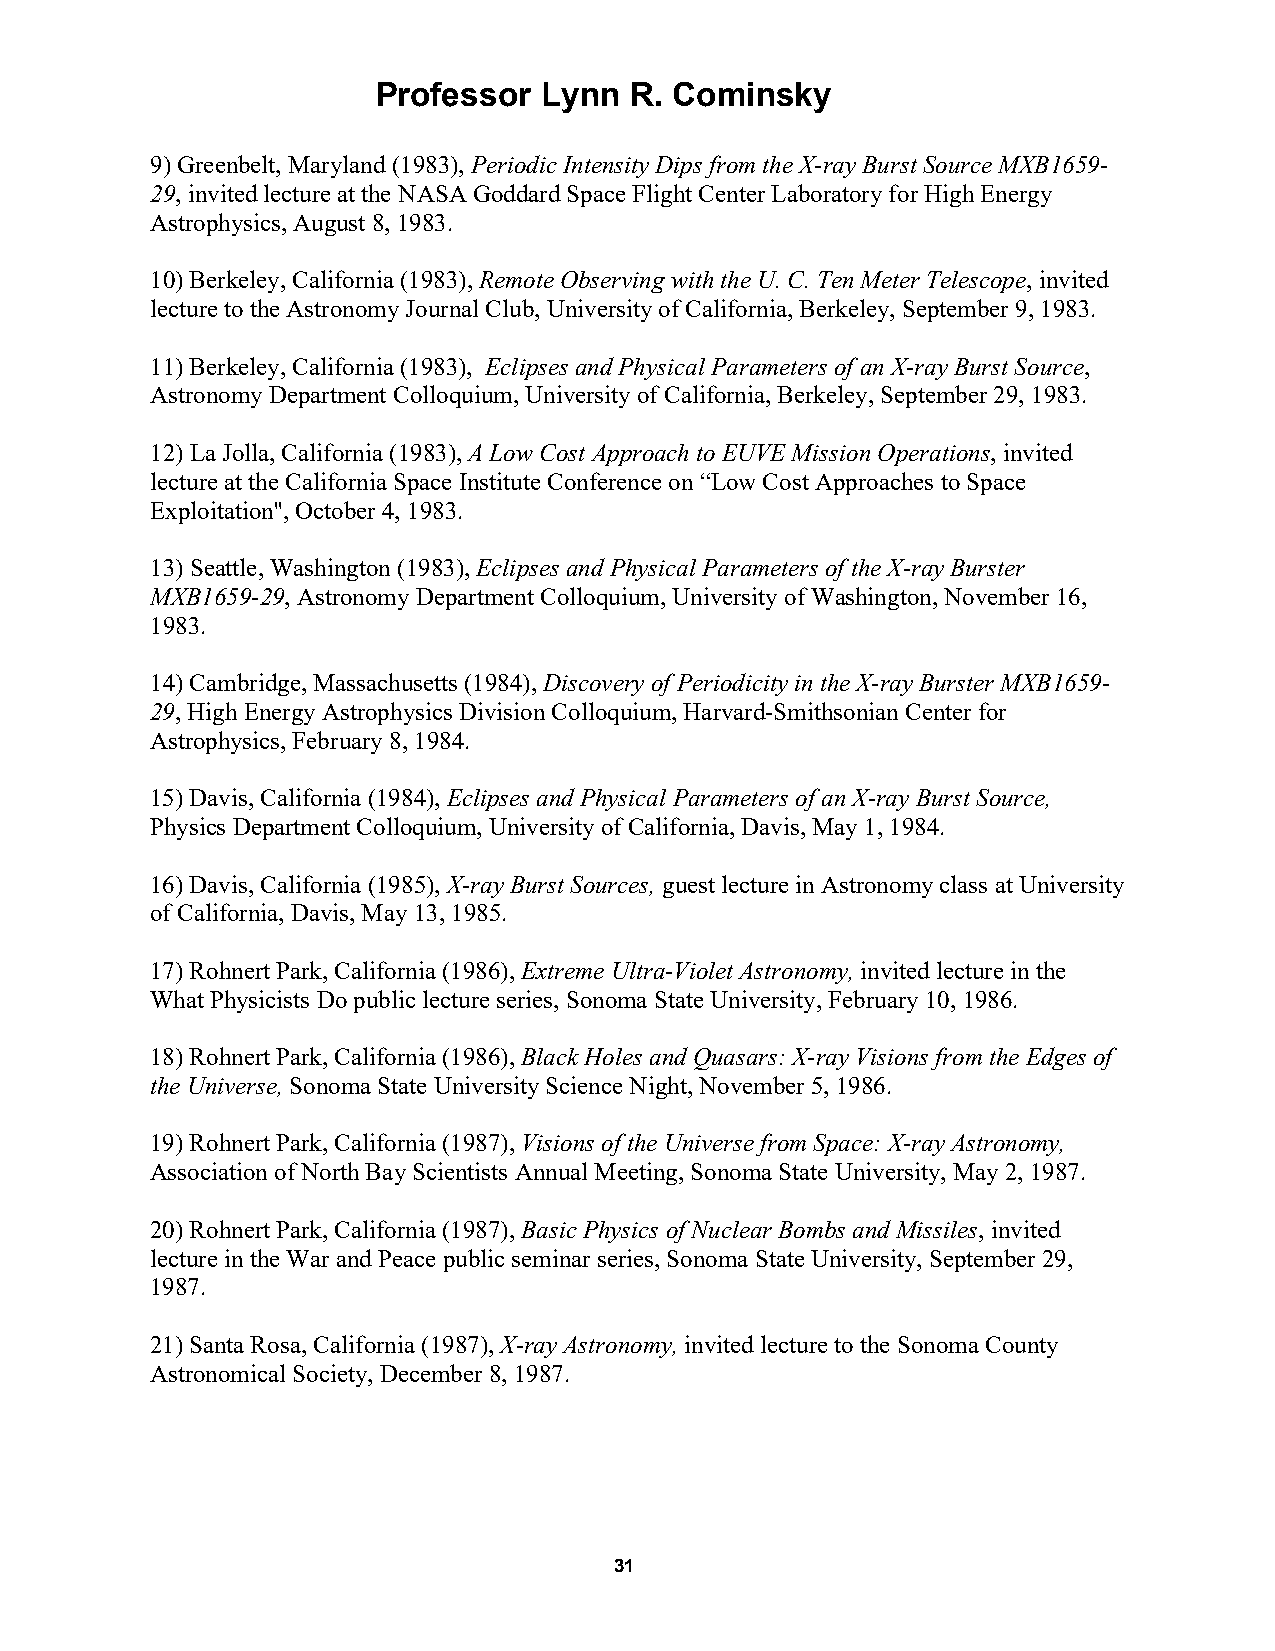
Professor  Lynn  R. Cominsky
 9) Greenbelt, Maryland (1983), Periodic Intensity Dips from the X-ray Burst Source MXB1659-
 29, invited lecture at the NASA Goddard Space Flight Center Laboratory for High Energy
 Astrophysics, August 8, 1983.
 10) Berkeley, California (1983), Remote Observing with the U. C. Ten Meter Telescope, invited
 lecture to the Astronomy Journal Club, University of California, Berkeley, September 9, 1983.
 11) Berkeley, California (1983), Eclipses and Physical Parameters of an X-ray Burst Source,
 Astronomy Department Colloquium, University of California, Berkeley, September 29, 1983.
 12) La Jolla, California (1983), A Low Cost Approach to EUVE Mission Operations, invited
 lecture at the California Space Institute Conference on “Low Cost Approaches to Space
 Exploitation'', October 4, 1983.
 13) Seattle, Washington (1983), Eclipses and Physical Parameters of the X-ray Burster
 MXB1659-29, Astronomy Department Colloquium, University of Washington, November 16,
 1983.
 14) Cambridge, Massachusetts (1984), Discovery of Periodicity in the X-ray Burster MXB1659-
 29, High Energy Astrophysics Division Colloquium, Harvard-Smithsonian Center for
 Astrophysics, February 8, 1984.
 15) Davis, California (1984), Eclipses and Physical Parameters of an X-ray Burst Source,
 Physics Department Colloquium, University of California, Davis, May 1, 1984.
 16) Davis, California (1985), X-ray Burst Sources, guest lecture in Astronomy class at University
 of California, Davis, May 13, 1985.
 17) Rohnert Park, California (1986), Extreme Ultra-Violet Astronomy, invited lecture in the
 What Physicists Do public lecture series, Sonoma State University, February 10, 1986.
 18) Rohnert Park, California (1986), Black Holes and Quasars: X-ray Visions from the Edges of
 the Universe, Sonoma State University Science Night, November 5, 1986.
 19) Rohnert Park, California (1987), Visions of the Universe from Space: X-ray Astronomy,
 Association of North Bay Scientists Annual Meeting, Sonoma State University, May 2, 1987.
 20) Rohnert Park, California (1987), Basic Physics of Nuclear Bombs and Missiles, invited
 lecture in the War and Peace public seminar series, Sonoma State University, September 29,
 1987.
 21) Santa Rosa, California (1987), X-ray Astronomy, invited lecture to the Sonoma County
 Astronomical Society, December 8, 1987.
 31